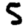
Digit: 5